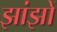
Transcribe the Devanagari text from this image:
झांझों